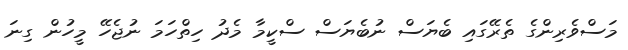
މަސްވެރިންގެ ތެރޭގައި ބެޔަސް ނުބެޔަސް ސްކީމާ މެދު ހިތްހަމަ ނުޖެހޭ މީހުން ގިނަ